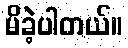
မိခဲ့ပါတယ်။